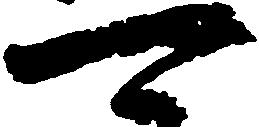
可